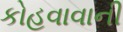
કોહવાવાની